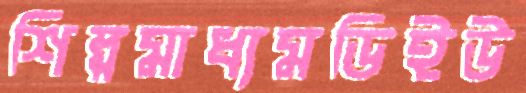
শিল্পমাধ্যমডিইউ